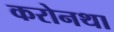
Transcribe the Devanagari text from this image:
करोनथा